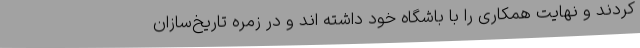
کردند و نهایت همکاری را با باشگاه خود داشته اند و در زمره تاریخ‌سازان